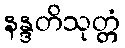
နန္ဒတိသုတ္တံ